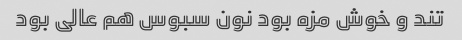
تند و خوش مزه بود نون سبوس هم عالی بود